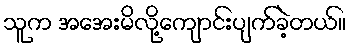
သူက အအေးမိလို့ကျောင်းပျက်ခဲ့တယ်။